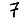
Digit: 7